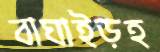
বাঘাইড়হ